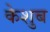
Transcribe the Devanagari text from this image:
केशुब